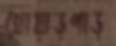
খোয়াড়পাড়